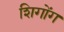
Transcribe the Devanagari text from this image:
शिगोंग